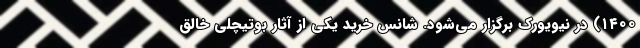
۱۴۰۰) در نیویورک برگزار می‌شود. شانس خرید یکی از آثار بوتیچلی خالق